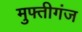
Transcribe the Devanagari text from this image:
मुफ्तीगंज